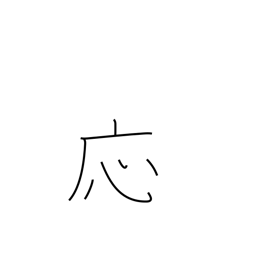
Meaning: OK